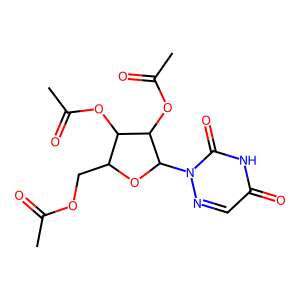
SMILES: CC(=O)OCC1OC(n2ncc(=O)[nH]c2=O)C(OC(C)=O)C1OC(C)=O
Inhibits HIV replication: No